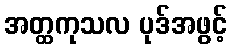
အတ္ထကုသလ ပုဒ်အဖွင့်